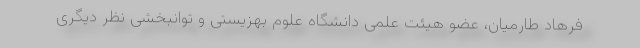
فرهاد طارمیان، عضو هیئت علمی دانشگاه علوم بهزیستی و توانبخشی نظر دیگری